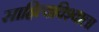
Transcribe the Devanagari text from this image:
साहित्यविश्‍वाला